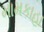
મામકાહા